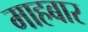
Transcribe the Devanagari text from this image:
माहबार